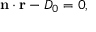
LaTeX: \mathbf { n } \cdot \mathbf { r } - D _ { 0 } = 0 ,